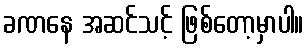
ခဏနေ အဆင်သင့် ဖြစ်တော့မှာပါ။